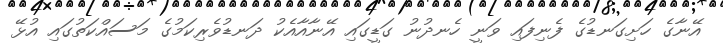
އޭނާގެ ހަށިގަނޑުގެ ފެނިފައި ވަނީ ހެނދުނު ގަޑީގައި އޭނާއާއެކު ދަނޑުވެރިކަމުގެ މަސައްކަތުގައި އުޅޭ